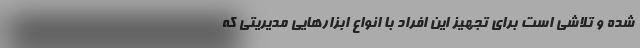
شده و تلاشی است برای تجهیز این افراد با انواع ابزارهایی مدیریتی که